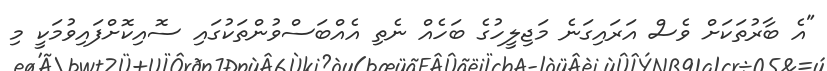
"އެ ބާރުތަކަށް ވެސް އަރައިގަނެ މަޖިލީހުގެ ބަހެއް ނެތި އެއްބަސްވުންތަކުގައި ސޮއިކޮށްފައިވުމަކީ މި